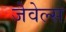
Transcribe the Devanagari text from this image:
जेवेल्स